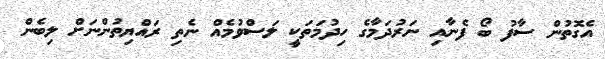
އެގޮތުން ސާފު ބޯ ފެނާއި ނަރުދަމާގެ ހިދުމަތަކީ ލަސްވުމެއް ނެތި ރައްޔިތުންނަށް ލިބެން